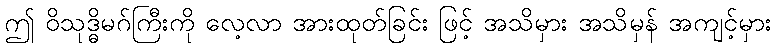
ဤ ဝိသုဒ္ဓိမဂ်ကြီးကို လေ့လာ အားထုတ်ခြင်း ဖြင့် အသိမှား အသိမှန် အကျင့်မှား